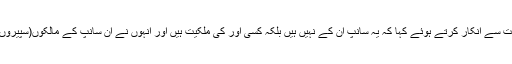
رابی پیرزادہ نے ویڈیو میں دکھائے گئے سانپ اور اژدھے کی ملکیت سے انکار کرتے ہوئے کہا کہ یہ سانپ ان کے نہیں ہیں بلکہ کسی اور کی ملکیت ہیں اور انہوں نے ان سانپ کے مالکوں(سپیروں)سے درخواست کی تھی کہ وہ ان کے ساتھ مجھے ویڈیو بنانے دیں۔